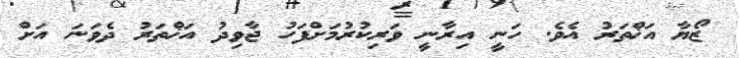
ޒޯޔާ އަޚްތަރު އެވެ. ހަނީ އިރާނީ ވަރިކުރުމަށްފަހު ޖާވިދު އަޚްތަރު ދެވަނަ އަށް